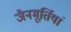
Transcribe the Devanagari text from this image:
जैनमूर्तियां